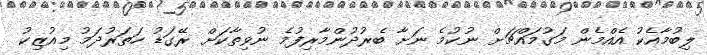
ލިބުމާއެކު އެއްމެން މަގުމައްޗަށް ނުކުމެ ނަށާ ބެރުދުންމާރިފުމެ ނުވިތާކަށް ރޭގަޑު ހަތަރުދަމު މިއުޒިކު